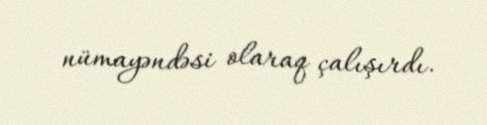
nümayəndəsi olaraq çalışırdı.